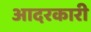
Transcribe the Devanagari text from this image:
आदरकारी